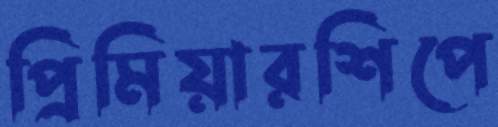
প্রিমিয়ারশিপে